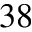
^ { 3 8 }